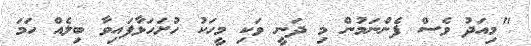
"މިއަދު ވެސް ފެންނަމުން މި ދަނީ ވަކި މީހަކު ހުށަހަޅާފައިވާ ބިލެއް ހަމަ